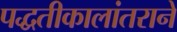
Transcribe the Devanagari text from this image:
पद्धतीकालांतराने